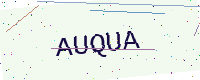
Text: AUQUA